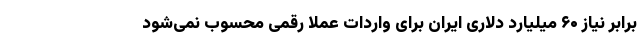
برابر نیاز ۶۰ میلیارد دلاری ایران برای واردات عملا رقمی محسوب نمی‌شود